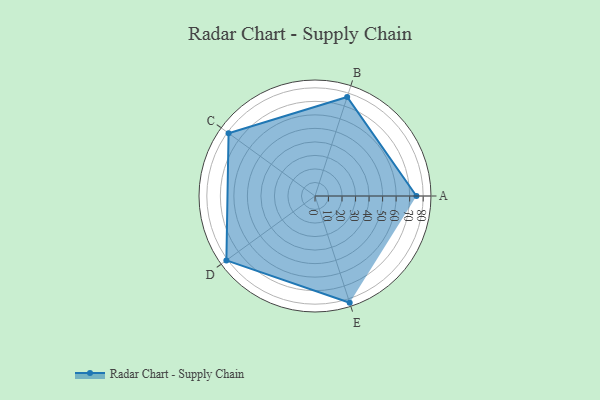
{"axis": {"x": "Skill", "y": "Score"}, "legend": ["Profile"], "data": [{"x": "A", "y": 75.0, "type": "Profile"}, {"x": "B", "y": 77.0, "type": "Profile"}, {"x": "C", "y": 79.0, "type": "Profile"}, {"x": "D", "y": 81.0, "type": "Profile"}, {"x": "E", "y": 83.0, "type": "Profile"}]}